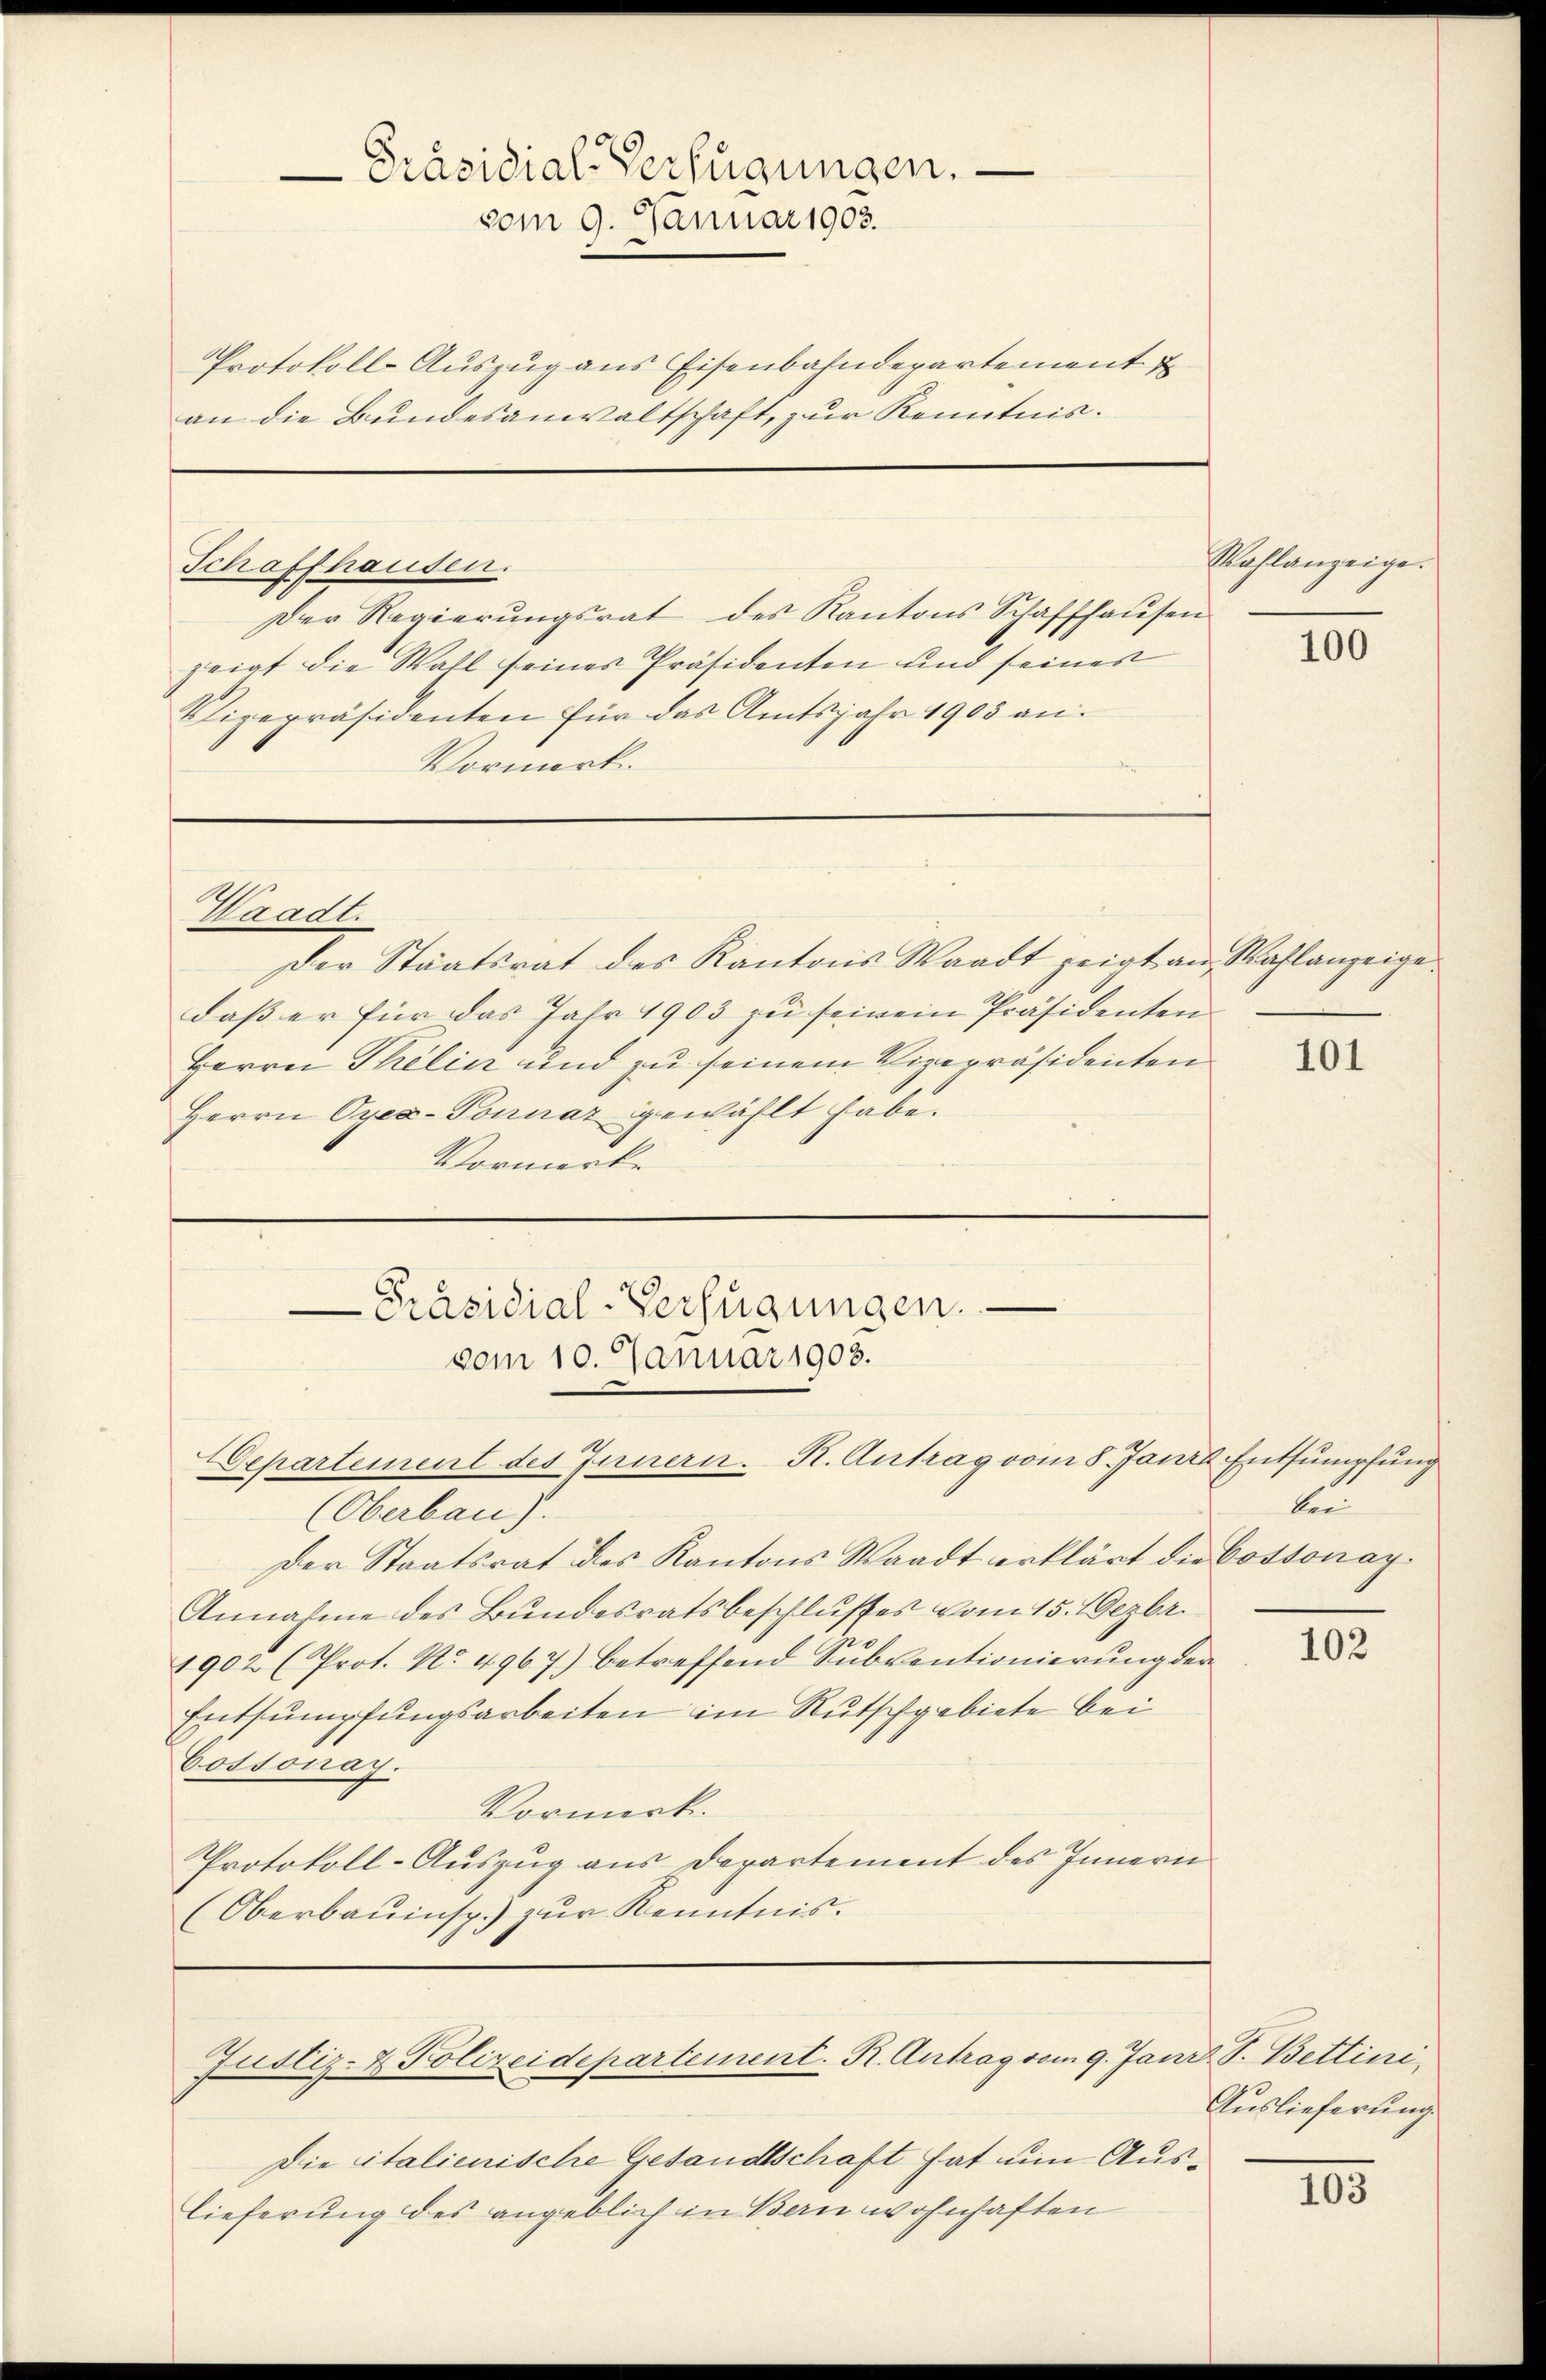
Protokoll-Auszug aus Eisenbahndepartement u
an die Bundesanwaltschaft, zur Kenntnis.

Schaffhausen.
Der Regierŭngsrat des Kantons Schaffhausen
zeigt die Wahl seines Präsidenten und seiner
Vizepräsidenten für das Amtsjahr 1905 an.
Vormerk.

Waadt.

Präsidial-Verfügungen.
vom 9. Januar 1908.

Präsidial-Verfügungen.
vom 10. Januar 1908.
Departement des Innern. K. Antrag vom 8. Janze Entsumpfung

Der Staatsrat des Kantons Waadt zeigt an Wahlanzeige
daß er für das Jahr 1903 zu seinem Präsidenten
Herrn Thelin und zu seinem Vizepräsidenten
Herrn Oyex-Tonuar gewählt habe.
Vormerke

Justiz- & Polizeidepartement. R. Antrag vom 9. Janiz S. Bettini

(Oberbau).
Der Staatsrat des Kantons Waadt erklärt die Cossonay¬
Annahme des Bundesratsbeschlusses vom 15. Dezbr.
1902 (Prot. No. 4967) betreffend Subventionierung der
Entsumpfungsarbeiten im Rutschgebiete bei
Cossonay.
Vormerk.
Protokoll-Auszug aus Departement des Innern
(Oberbauinsp.) zur Kenntnis.

Wahlanzeige.
100

Die italienische Gesandtschaft hat um Auslieferung des angeblich in Bern wohnhaften

101

Eu

102

Auslieferung.

103